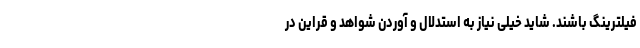
فیلترینگ باشند. شاید خیلی نیاز به استدلال و آوردن شواهد و قراین در